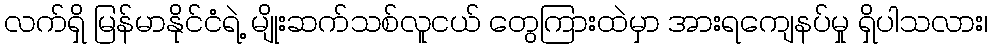
လက်ရှိ မြန်မာနိုင်ငံရဲ့ မျိုးဆက်သစ်လူငယ် တွေကြားထဲမှာ အားရကျေနပ်မှု ရှိပါသလား၊